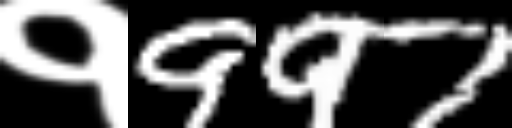
Text: १997